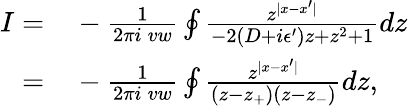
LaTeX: \begin{array}{rl}{I=}&{{}-\frac{1}{2\pi i\: vw}\oint\frac{z^{|x-x^{\prime}|}}{-2(D+i\epsilon^{\prime})z+z^{2}+1}dz}\\ {=}&{{}-\frac{1}{2\pi i\: vw}\oint\frac{z^{|x-x^{\prime}|}}{(z-z_{+})(z-z_{-})}dz,}\end{array}